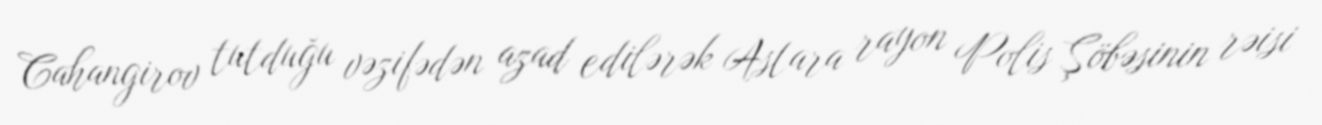
Cahangirov tutduğu vəzifədən azad edilərək Astara rayon Polis Şöbəsinin rəisi